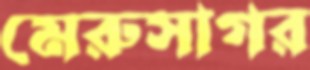
মেরুসাগর